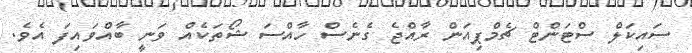
ސައިކަލް ސްޓަންޓް ޗެމްޕިއަން ރާއްޖެ ގެނެސް ހާއްސަ ޝޯތަކެއް ވަނީ ބާއްވައިފަ އެވެ.